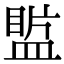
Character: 𥂄